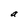
Character: a